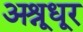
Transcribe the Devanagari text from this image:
अश्रूधूर